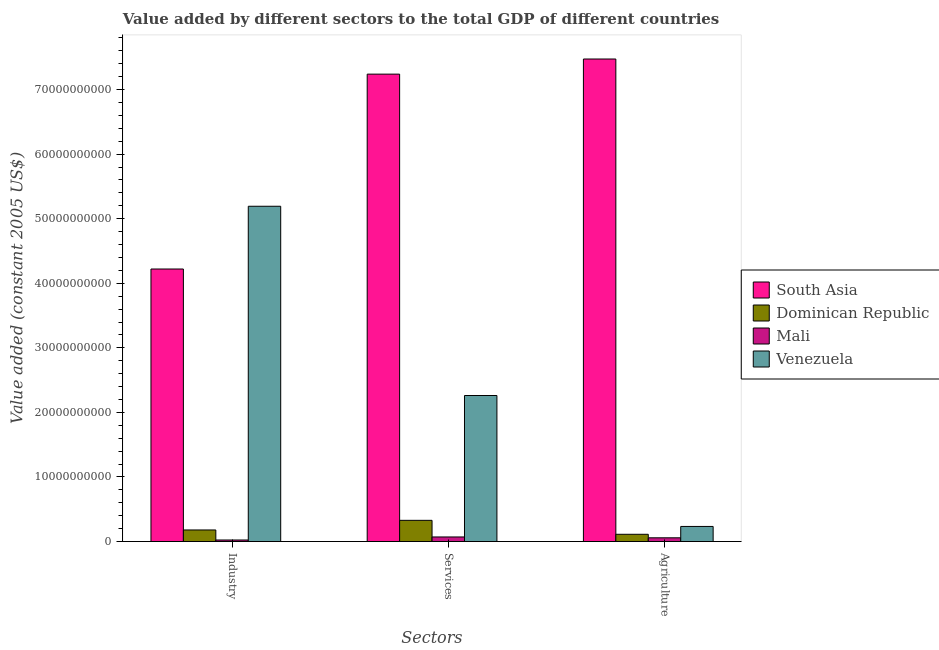
| Sectors | South Asia | Dominican Republic | Mali | Venezuela |
 | --- | --- | --- | --- | --- |
 | Industry | 4.22e+10 | 1.8e+09 | 2.43e+08 | 5.19e+10 |
 | Services | 7.24e+10 | 3.29e+09 | 7.14e+08 | 2.26e+10 |
 | Agriculture | 7.47e+10 | 1.13e+09 | 5.81e+08 | 2.34e+09 |